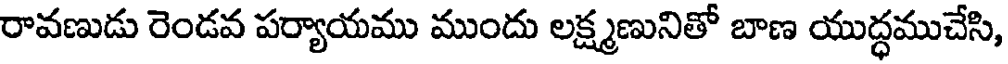
రావణుడు రెండవ పర్యాయము ముందు లక్ష్మణునితో బాణ యుద్ధముచేసి,